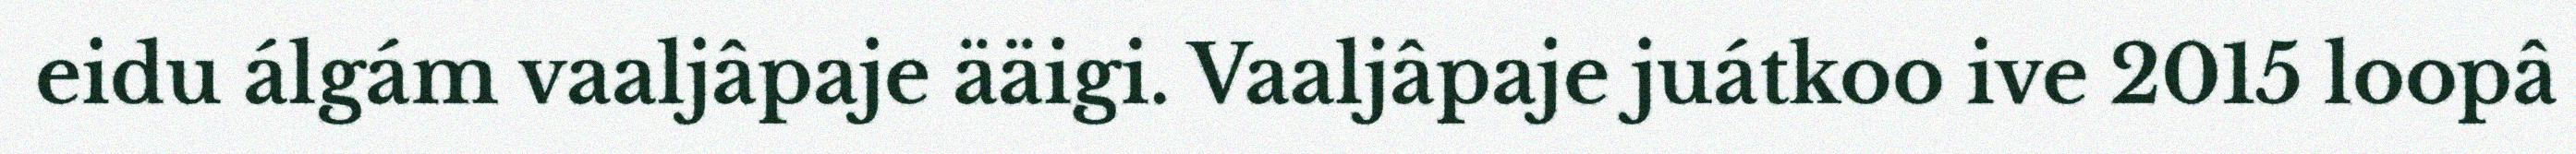
eidu álgám vaaljâpaje ääigi. Vaaljâpaje juátkoo ive 2015 loopâ